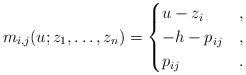
LaTeX: \begin{gather*}m_{i,j}(u;z_1,\ldots,z_n) = \begin{cases}u-z_i& ,\\-h-p_{ij} & , \\p_{ij} & .\end{cases}\end{gather*}